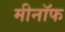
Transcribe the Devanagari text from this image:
मीनॉफ